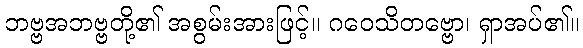
ဘဗ္ဗအဘဗ္ဗတို့၏ အစွမ်းအားဖြင့်။ ဂဝေသိတဗ္ဗော၊ ရှာအပ်၏။